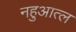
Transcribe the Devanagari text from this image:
नहुआत्ल